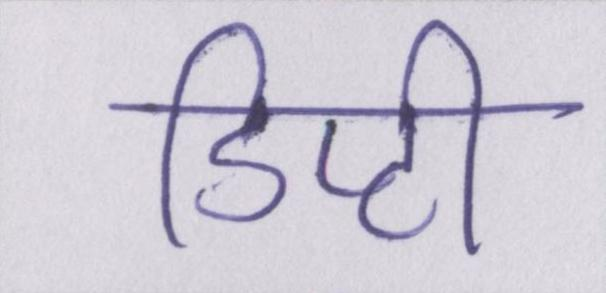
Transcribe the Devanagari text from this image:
डिप्टी